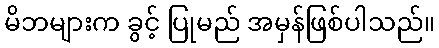
မိဘများက ခွင့် ပြုမည် အမှန်ဖြစ်ပါသည်။